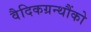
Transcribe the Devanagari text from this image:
वैदिकग्रन्थौंको